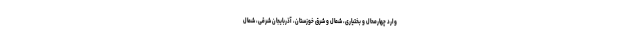
وارد چهارمحال و بختیاری، شمال و شرق خوزستان، آذربایجان شرقی، شمال